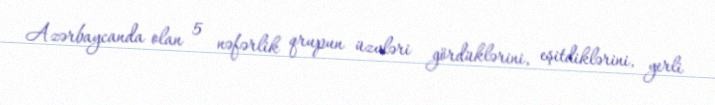
Azərbaycanda olan 5 nəfərlik qrupun üzvləri gördüklərini, eşitdiklərini, yerli